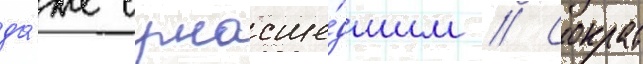
да́же сумасше́дшим // Сократ